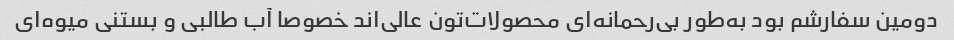
دومین سفارشم بود به‌طور بی‌رحمانه‌ای محصولات‌تون عالی‌اند خصوصا آب طالبی و بستنی میوه‌ای